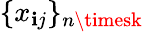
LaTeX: \{ x_{\mathbf{i}j}\} _{n\timesk}